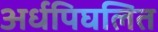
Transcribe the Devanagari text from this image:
अर्धपिघलित